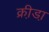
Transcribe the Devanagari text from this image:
क्री़डा़